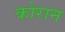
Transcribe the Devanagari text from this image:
कोरान